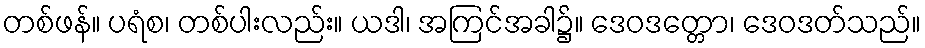
တစ်ဖန်။ ပရံစ၊ တစ်ပါးလည်း။ ယဒါ၊ အကြင်အခါ၌။ ဒေဝဒတ္တော၊ ဒေဝဒတ်သည်။